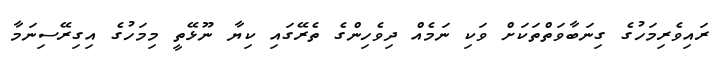
ރައިވެރިމަހުގެ ގިނަބާވަތްތަކަށް ވަކި ނަމެއް ދިވެހިންގެ ތެރޭގައި ކިޔާ ނޫޅޭތީ މިމަހުގެ އިގިރޭސިނަމާ